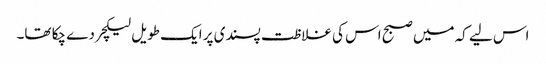
اس لیے کہ میں صبح اس کی غلاظت پسندی پر ایک طویل لیکچر دے چکا تھا۔